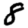
Digit: 8